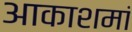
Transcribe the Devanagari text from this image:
आकाशमां